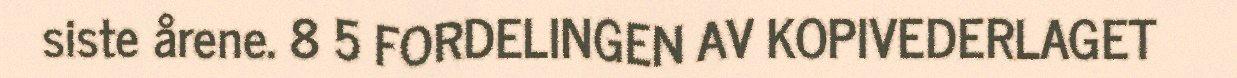
siste årene. 8 5 FORDELINGEN AV KOPIVEDERLAGET